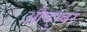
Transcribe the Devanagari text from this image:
औदुभ्बर